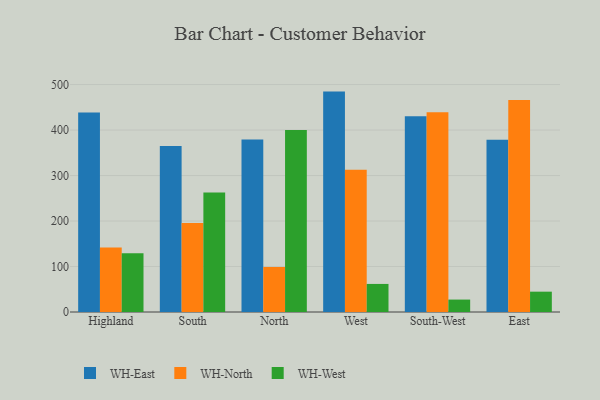
{"axis": {"x": "Region", "y": "Latency (ms)"}, "legend": ["WH-East", "WH-North", "WH-West"], "data": [{"x": "Highland", "y": 438.8, "type": "WH-East"}, {"x": "Highland", "y": 141.9, "type": "WH-North"}, {"x": "Highland", "y": 128.9, "type": "WH-West"}, {"x": "South", "y": 365.1, "type": "WH-East"}, {"x": "South", "y": 195.6, "type": "WH-North"}, {"x": "South", "y": 262.6, "type": "WH-West"}, {"x": "North", "y": 379.3, "type": "WH-East"}, {"x": "North", "y": 98.9, "type": "WH-North"}, {"x": "North", "y": 400.3, "type": "WH-West"}, {"x": "West", "y": 484.5, "type": "WH-East"}, {"x": "West", "y": 312.5, "type": "WH-North"}, {"x": "West", "y": 61.7, "type": "WH-West"}, {"x": "South-West", "y": 430.2, "type": "WH-East"}, {"x": "South-West", "y": 439.2, "type": "WH-North"}, {"x": "South-West", "y": 27.3, "type": "WH-West"}, {"x": "East", "y": 378.7, "type": "WH-East"}, {"x": "East", "y": 465.9, "type": "WH-North"}, {"x": "East", "y": 44.7, "type": "WH-West"}]}